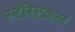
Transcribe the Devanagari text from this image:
स्टॅस्टिकल